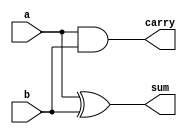
module halfadder(input a,b,output reg sum,carry);
always @(*)begin
sum=a^b;
carry=a&b;
end
endmodule

module fulladder_HA(input a,b,cin,output sum,carry);
wire w1,w2,w3;
halfadder f0(a,b,w1,w2);
halfadder f1(w1,cin,sum,w3);
or(carry,w3,w2);
endmodule